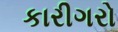
કારીગરો